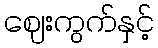
ဈေးကွက်နှင့်